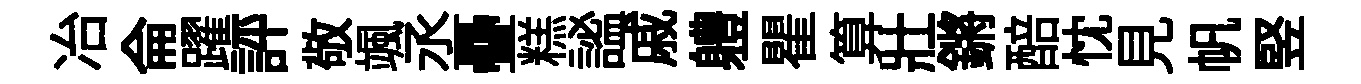
冶侖躍評敬颯丞疊糕謐戚軆瞿算壯鏘醅忱見帆竪